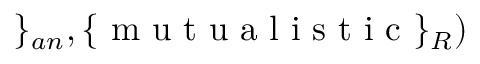
\} _ { a n } , \{ \mathrm { ~ m ~ u ~ t ~ u ~ a ~ l ~ i ~ s ~ t ~ i ~ c ~ } \} _ { R } )